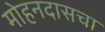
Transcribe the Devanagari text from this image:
मोहनदासचा